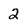
Character: 2